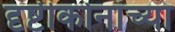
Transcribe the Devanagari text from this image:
दृष्टीकोनांच्या